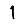
Digit: 1